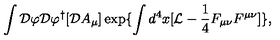
\int { \cal D } \varphi { \cal D } \varphi ^ { \dagger } [ { \cal D } A _ { \mu } ] \exp \{ \int d ^ { 4 } x [ { \cal L } - \frac { 1 } { 4 } F _ { \mu \nu } F ^ { \mu \nu } ] \} ,